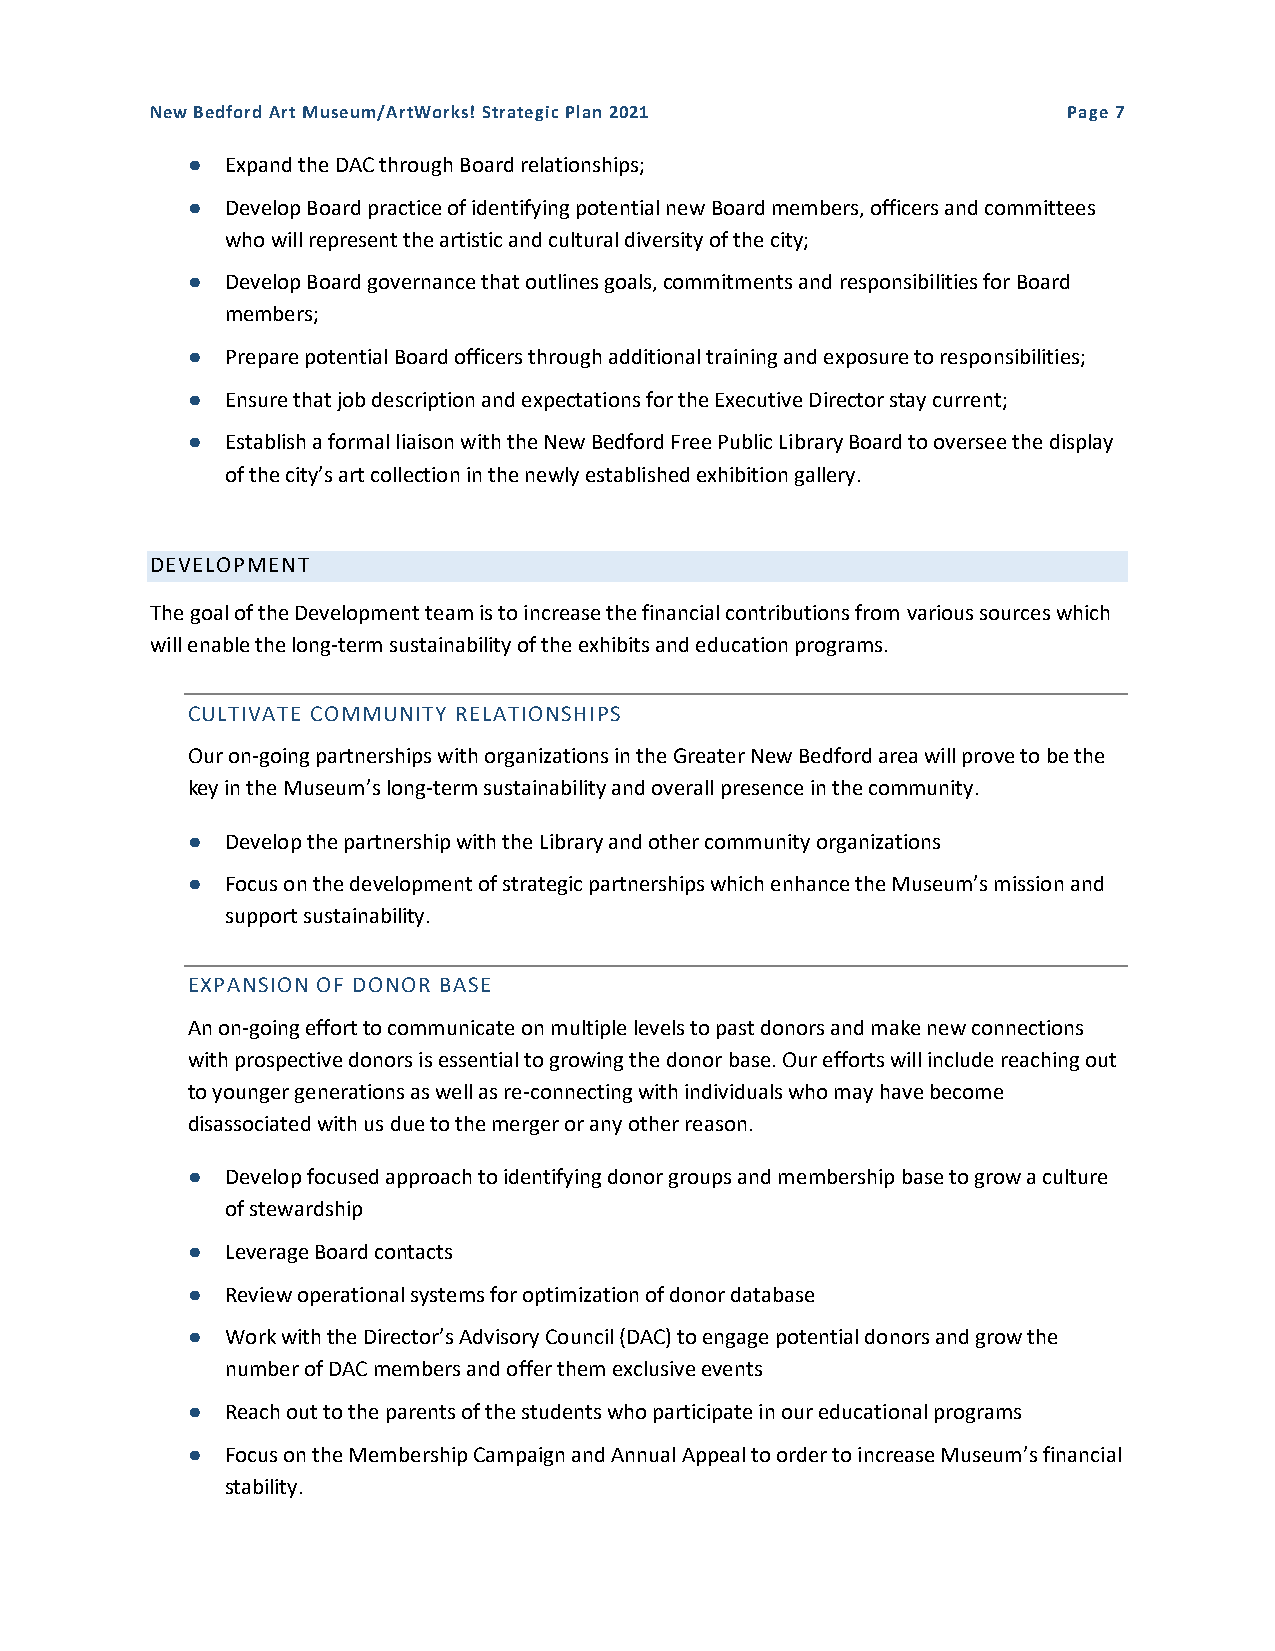
New Bedford Art Museum/ArtWorks! Strategic Plan 2021         Page 7
 ●  Expand the DAC through Board relationships;
 ●  Develop Board practice of identifying potential new Board members, officers and committees
 who will represent the artistic and cultural diversity of the city;
 ●  Develop Board governance that outlines goals, commitments and responsibilities for Board
 members;
 ●  Prepare potential Board officers through additional training and exposure to responsibilities;
 ●  Ensure that job description and expectations for the Executive Director stay current;
 ●  Establish a formal liaison with the New Bedford Free Public Library Board to oversee the display
 of the city’s art collection in the newly established exhibition gallery.
 DEVELOPMENT
 The goal of the Development team is to increase the financial contributions from various sources which
 will enable the long-term sustainability of the exhibits and education programs.
 CULTIVATE COMMUNITY RELATIONSHIPS
 Our on-going partnerships with organizations in the Greater New Bedford area will prove to be the
 key in the Museum’s long-term sustainability and overall presence in the community.
 ●  Develop the partnership with the Library and other community organizations
 ●  Focus on the development of strategic partnerships which enhance the Museum’s mission and
 support sustainability.
 EXPANSION OF DONOR BASE
 An on-going effort to communicate on multiple levels to past donors and make new connections
 with prospective donors is essential to growing the donor base. Our efforts will include reaching out
 to younger generations as well as re-connecting with individuals who may have become
 disassociated with us due to the merger or any other reason.
 ●  Develop focused approach to identifying donor groups and membership base to grow a culture
 of stewardship
 ●  Leverage Board contacts
 ●  Review operational systems for optimization of donor database
 ●  Work with the Director’s Advisory Council (DAC) to engage potential donors and grow the
 number of DAC members and offer them exclusive events
 ●  Reach out to the parents of the students who participate in our educational programs
 ●  Focus on the Membership Campaign and Annual Appeal to order to increase Museum’s financial
 stability.